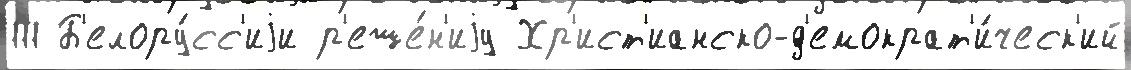
111 Б'елору́сс'иjи р'еше́н'иjу Хр'ист'ианско-д'емократ'и́ческ'ий